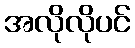
အလိုလိုပင်